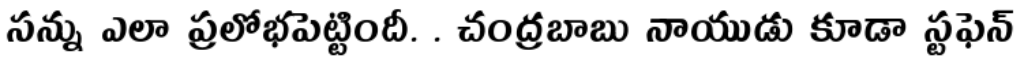
సన్ను ఎలా ప్రలోభపెట్టిందీ. . చంద్రబాబు నాయుడు కూడా స్టఫెన్